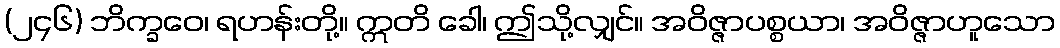
(၂၄၆) ဘိက္ခဝေ၊ ရဟန်းတို့။ ဣတိ ခေါ၊ ဤသို့လျှင်။ အဝိဇ္ဇာပစ္စယာ၊ အဝိဇ္ဇာဟူသော